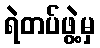
ရဲတပ်ဖွဲ့မှ